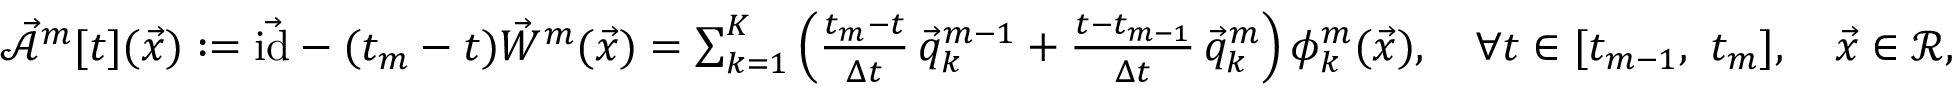
\begin{array} { r } { \mathcal { \vec { A } } ^ { m } [ t ] ( \vec { x } ) : = \vec { \mathrm { i d } } - ( t _ { m } - t ) \vec { W } ^ { m } ( \vec { x } ) = \sum _ { k = 1 } ^ { K } \left( \frac { t _ { m } - t } { \Delta t } \, \vec { q } _ { k } ^ { m - 1 } + \frac { t - t _ { m - 1 } } { \Delta t } \, \vec { q } _ { k } ^ { m } \right) \phi _ { k } ^ { m } ( \vec { x } ) , \quad \forall t \in [ t _ { m - 1 } , ~ t _ { m } ] , \quad \vec { x } \in \mathscr { R } , } \end{array}